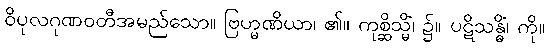
ဝိပုလဂုဏဝတီအမည်သော။ ဗြဟ္မဏိယာ၊ ၏။ ကုစ္ဆိသ္မိံ၊ ၌။ ပဋိသန္ဓိံ၊ ကို။